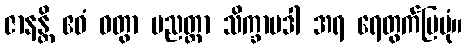
ဇာနန္တိ ဧဝံ ဝတွာ ပညတ္တာ သိက္ခာပဒါ အရ ရေတွက်ပြပုံ။